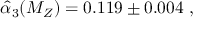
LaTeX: \widehat { \alpha } _ { 3 } ( M _ { Z } ) = 0 . 1 1 9 \pm 0 . 0 0 4 \ ,